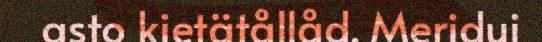
asto kietätållåd. Meridui